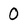
Character: 0